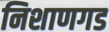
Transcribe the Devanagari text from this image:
निशाणगड